Report of the Indian Hemp Drugs Commission, 1894-1895 - Volume IV
Year: 1894
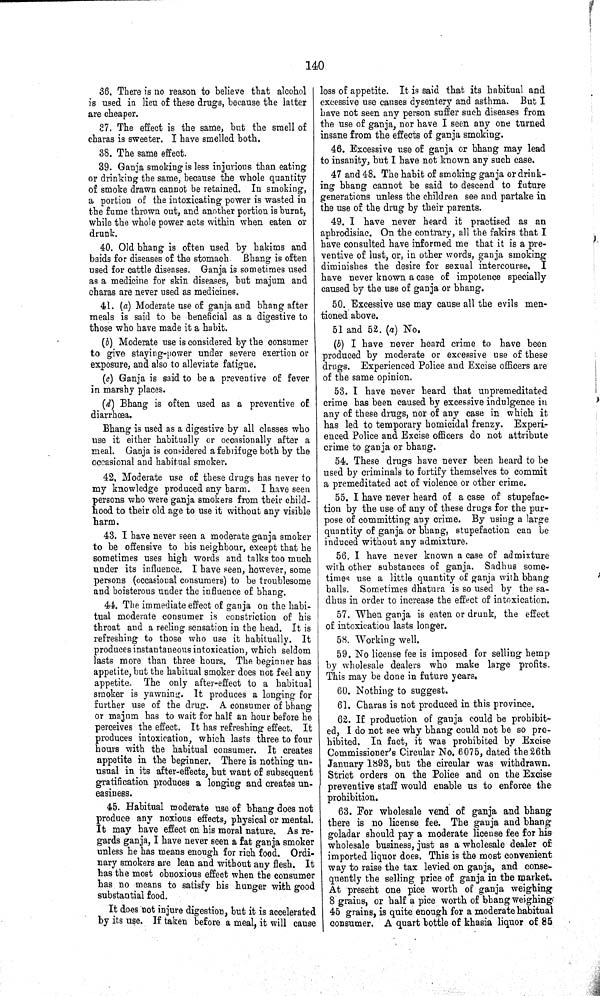
140
36. There is no reason to believe that alcohol
is used in lieu of these drugs, because the latter
are cheaper.
37. The effect is the same, but the smell of
charas is sweeter. I have smelled both.
38. The same effect.
39. Ganja smoking is less injurious than eating
or drinking the same, because the whole quantity
of smoke drawn cannot be retained. In smoking,
a portion of the intoxicating power is wasted in
the fume thrown out, and another portion is burnt,
while the whole power acts within when eaten or
drunk.
40. Old bhang is often used by hakims and
baids for diseases of the stomach Bhang is often
used for cattle diseases. Ganja is sometimes used
as a medicine for skin diseases, but majum and
charas are never used as medicines.
41. (a) Moderate use of ganja and bhang after
meals is said to be beneficial as a digestive to
those who have made it a habit.
(b) Moderate use is considered by the consumer
to give staying-power under severe exertion or
exposure, and also to alleviate fatigue.
(c) Ganja is said to be a preventive of fever
in marshy places.
(d) Bhang is often used as a preventive of
diarrhœa.
Bhang is used as a digestive by all classes who
use it either habitually or occasionally after a
meal. Ganja is considered a febrifuge both by the
occasional and habitual smoker.
42. Moderate use of these drugs has never to
my knowledge produced any harm. I have seen
persons who were ganja smokers from their child¬
hood to their old age to use it without any visible
harm.
43. I have never seen a moderate ganja smoker
to be offensive to his neighbour, except that he
sometimes uses high words and talks too much
under its influence. I have seen, however, some
persons (occasional consumers) to be troublesome
and boisterous under the influence of bhang.
44. The immediate effect of ganja on the habi¬
tual moderate consumer is constriction of his
throat and a reeling sensation in the head. It is
refreshing to those who use it habitually. It
produces instantaneous intoxication, which seldom
lasts more than three hours. The beginner has
appetite, but the habitual smoker does not feel any
appetite. The only after-effect to a habitual
smoker is yawning. It produces a longing for
further use of the drug. A consumer of bhang
or majum has to wait for half an hour before he
perceives the effect. It has refreshing effect. It
produces intoxication, which lasts three to four
hours with the habitual consumer. It creates
appetite in the beginner. There is nothing un¬
usual in its after-effects, but want of subsequent
gratification produces a longing and creates un¬
easiness.
45. Habitual moderate use of bhang does not
produce any noxious effects, physical or mental.
It may have effect on his moral nature. As re¬
gards ganja, I have never seen a fat ganja smoker
unless he has means enough for rich food. Ordi¬
nary smokers are lean and without any flesh. It
has the most obnoxious effect when the consumer
has no means to satisfy his hunger with good
substantial food.
It does not injure digestion, but it is accelerated
by its use. If taken before a meal, it will cause
loss of appetite. It is said that its habitual and
excessive use causes dysentery and asthma. But I
have not seen any person suffer such diseases from
the use of ganja, nor have I seen any one turned
insane from the effects of ganja smoking.
46. Excessive use of ganja or bhang may lead
to insanity, but I have not known any such case.
47 and 48. The habit of smoking ganja or drink¬
ing bhang cannot be said to descend to future
generations unless the children see and partake in
the use of the drug by their parents.
49. I have never heard it practised as an
aphrodisiac. On the contrary, all the fakirs that I
have consulted have informed me that it is a pre¬
ventive of lust, or, in other words, ganja smoking
diminishes the desire for sexual intercourse. I
have never known a case of impotence specially
caused by the use of ganja or bhang.
50. Excessive use may cause all the evils men¬
tioned above.
51 and 52. (a) No.
(b) I have never heard crime to have been
produced by moderate or excessive use of these
drugs. Experienced Police and Excise officers are
of the same opinion.
53. I have never heard that unpremeditated
crime has been caused by excessive indulgence in
any of these drugs, nor of any case in which it
has led to temporary homicidal frenzy. Experi¬
enced Police and Excise officers do not attribute
crime to ganja or bhang.
54. These drugs have never been heard to be
used by criminals to fortify themselves to commit
a premeditated act of violence or other crime.
55. I have never heard of a case of stupefac¬
tion by the use of any of these drugs for the pur¬
pose of committing any crime. By using a large
quantity of ganja or bhang, stupefaction can be
induced without any admixture.
56. I have never known a case of admixture
with other substances of ganja. Sadhus some-
times use a little quantity of ganja with bhang
balls. Sometimes dhatura is so used by the sa-
dhus in order to increase the effect of intoxication.
57. When ganja is eaten or drunk, the effect
of intoxication lasts longer.
58. Working well.
59. No license fee is imposed for selling hemp
by wholesale dealers who make large profits.
This may be done in future years.
60. Nothing to suggest.
61. Charas is not produced in this province.
62. If production of ganja could be prohibit¬
ed, I do not see why bhang could not be so pro¬
hibited. In fact, it was prohibited by Excise
Commissioner's Circular No. 6075, dated the 26th
January 1893, but the circular was withdrawn.
Strict orders on the Police and on the Excise
preventive staff would enable us to enforce the
prohibition.
63. For wholesale vend of ganja and bhang
there is no license fee. The ganja and bhang
goladar should pay a moderate license fee for his
wholesale business, just as a wholesale dealer of
imported liquor does. This is the most convenient
way to raise the tax levied on ganja, and conse¬
quently the selling price of ganja in the market.
At present one pice worth of ganja weighing
8 grains, or half a pice worth of bhang weighing-
45 grains, is quite enough for a moderate habitual
consumer. A quart bottle of khasia liquor of 85